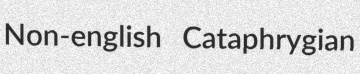
Non-english Cataphrygian